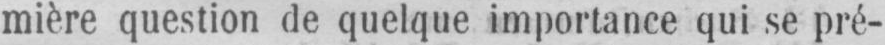
mière question de quelque importance qui se pré-